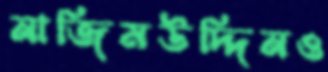
নাজিমউদ্দিনও